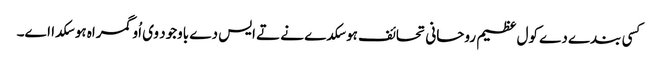
کسی بندے دے کول عظیم روحانی تحائف ہو سکدے نے تے ایس دے باوجود وی اُو گمراہ ہو سکدا اے۔